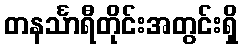
တနင်္သာရီတိုင်းအတွင်းရှိ